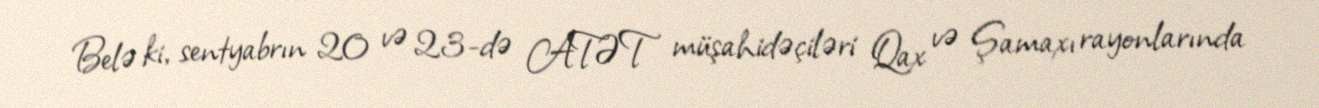
Belə ki, sentyabrın 20 və 23-də ATƏT müşahidəçiləri Qax və Şamaxı rayonlarında